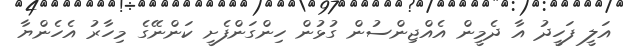
އަލީ ފަހީދު އާ ދެމީން އެއްޖިންސުން ގުޅުން ހިންގަންފެށީ ކަންނޭގެ މިހާރު އެހެންޔާ